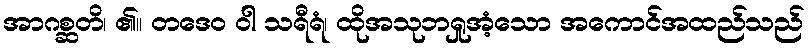
အာဂစ္ဆတိ၊ ၏။ တဒေဝ ဝါ သရီရံ၊ ထိုအသုဘရှုအံ့သော အကောင်အထည်သည်